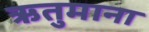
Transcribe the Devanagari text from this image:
ऋतुमाना